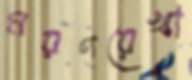
মরণরেখা